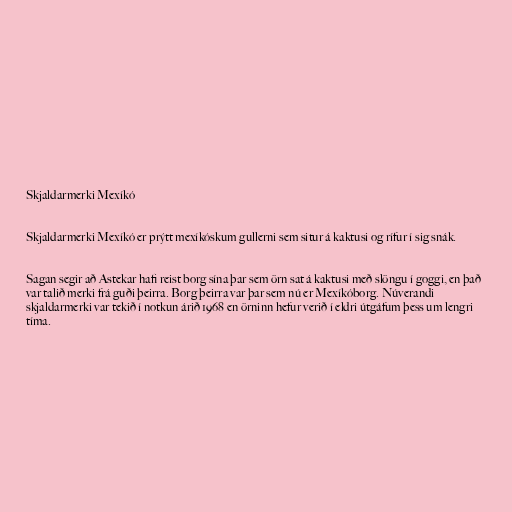
Skjaldarmerki Mexíkó

Skjaldarmerki Mexíkó er prýtt mexíkóskum gullerni sem situr á kaktusi og rífur í sig snák.

Sagan segir að Astekar hafi reist borg sína þar sem örn sat á kaktusi með slöngu í goggi, en það
var talið merki frá guði þeirra. Borg þeirra var þar sem nú er Mexíkóborg. Núverandi
skjaldarmerki var tekið í notkun árið 1968 en örninn hefur verið í eldri útgáfum þess um lengri
tíma.